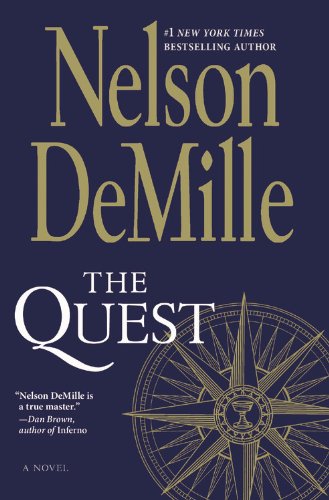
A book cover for The Quest: A Novel; Nelson DeMille; Mystery, Thriller & Suspense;